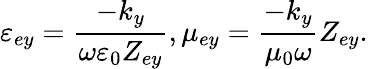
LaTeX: \varepsilon_{ey}=\frac{-k_{y}}{\omega\varepsilon_{0}Z_{ey}},\mu_{ey}=\frac{-k_{y}}{\mu_{0}\omega}Z_{ey}.